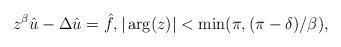
LaTeX: \begin{align*} z^\beta \hat u -\Delta \hat u = \hat f, |\arg(z)| < \min(\pi, (\pi-\delta)/\beta), \end{align*}